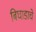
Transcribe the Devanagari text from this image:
बिघाडाचे